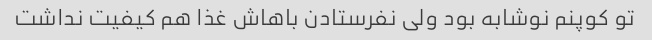
تو کوپنم نوشابه بود ولی نفرستادن باهاش غذا هم کیفیت نداشت